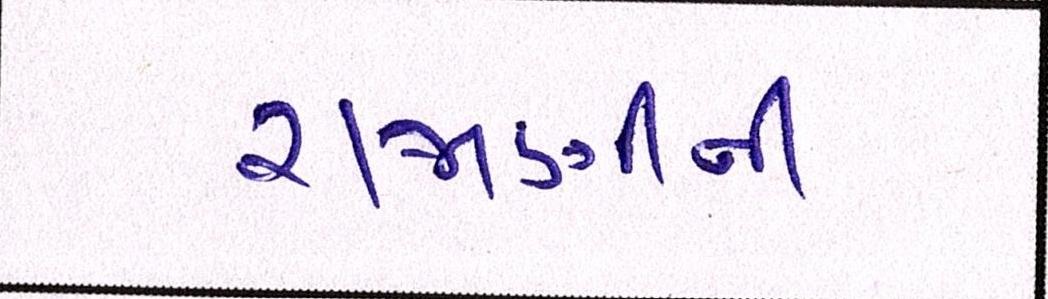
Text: રાજાણીની